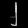
Digit: ၂